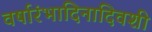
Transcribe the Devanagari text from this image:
वर्षारंभादिनादिवशी